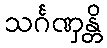
သင်္ဂဏှန္တိ